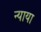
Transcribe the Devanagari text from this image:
न्याया